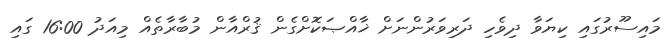
މައިސޫރުގައި ކިޔަވާ ދިވެހި ދަރިވަރުންނަށް ޚާއްޞަކޮށްގެން ޤުރްއާން މުބާރާތެއް މިއަދު 16:00 ގައި